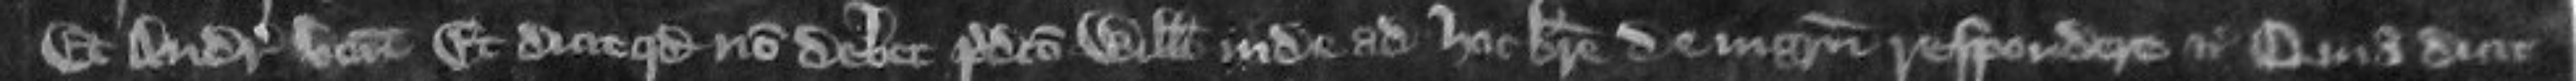
Et Andreas venit etc et dicit quod non debet predicto Willelmo inde ad hoc breve de ingressu respondere etc quia dicit